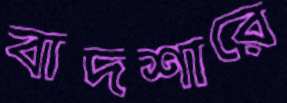
বাদশারে